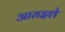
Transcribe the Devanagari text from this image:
आराइशे